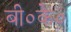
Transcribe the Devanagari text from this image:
बी०के०